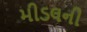
મીડલની